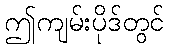
ဤကျမ်းပိုဒ်တွင်